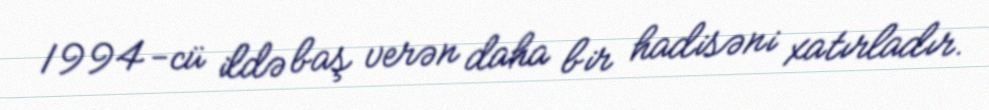
1994-cü ildə baş verən daha bir hadisəni xatırladır.